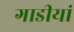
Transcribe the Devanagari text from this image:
गाडीयां